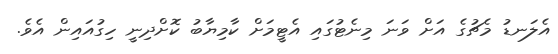
އެލަނޑު މެޗުގެ އަށް ވަނަ މިނެޓުގައި އެޓީމަށް ކާމިޔާބު ކޮށްދިނީ ހިގުއައިން އެވެ.